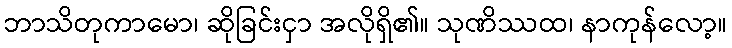
ဘာသိတုကာမော၊ ဆိုခြင်းငှာ အလိုရှိ၏။ သုဏိဿထ၊ နာကုန်လော့။